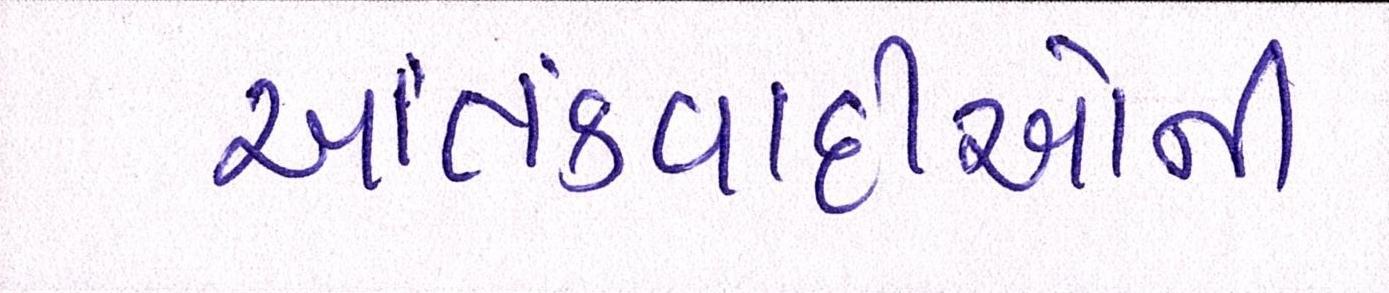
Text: આતંકવાદીઓની